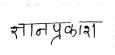
मजकूर: ज्ञानप्रकाश